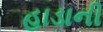
હાડાની